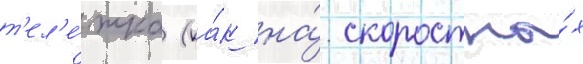
т'ел'е́жка (ка́к на́ скоростны́х